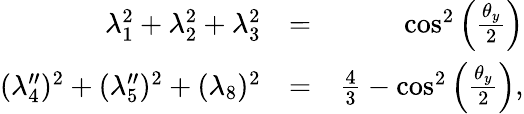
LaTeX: \begin{array}{rlr}{\lambda_{1}^{2}+\lambda_{2}^{2}+\lambda_{3}^{2}}&{=}&{\cos^{2}\left(\frac{\theta_{y}}{2}\right)}\\ {(\lambda_{4}^{\prime\prime})^{2}+(\lambda_{5}^{\prime\prime})^{2}+(\lambda_{8})^{2}}&{=}&{\frac{4}{3}-\cos^{2}\left(\frac{\theta_{y}}{2}\right),}\end{array}